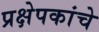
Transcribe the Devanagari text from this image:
प्रक्षेपकांचे